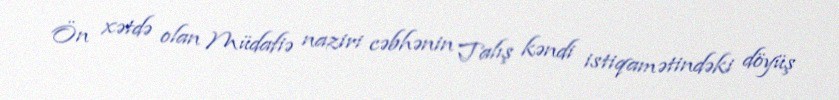
Ön xətdə olan Müdafiə naziri cəbhənin Talış kəndi istiqamətindəki döyüş